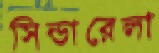
সিন্ডারেলা